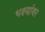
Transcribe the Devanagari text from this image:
भक्ष्यांवर